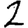
Digit: 2